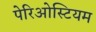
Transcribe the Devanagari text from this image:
पेरिओस्टियम